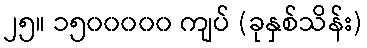
၂၅။ ၁၅၀၀၀၀၀ ကျပ် (ခုနှစ်သိန်း)